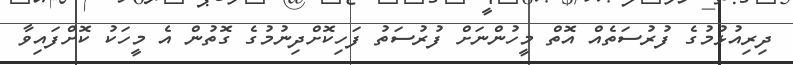
ދިރިއުޅުމުގެ ފުރުސަތެއް އޮތް މީހުންނަށް ފުރުސަތު ފަހިކޮށްދިނުމުގެ ގޮތުން އެ މީހަކު ކޮށްފައިވާ